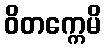
ဝိတက္ကေမိ